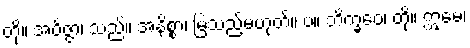
တို့။ အဝိဇ္ဇာ၊ သည်။ အနိစ္စာ၊ မြဲသည်မဟုတ်။ ပ။ ဘိက္ခဝေ၊ တို့။ ဣမေ၊